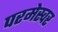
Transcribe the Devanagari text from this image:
परमेस्वर